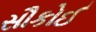
સૌકોઈ